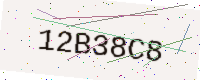
Text: 12B38C8